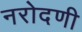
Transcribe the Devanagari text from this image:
नरोदणी